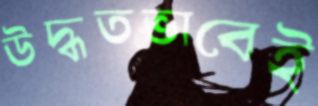
উদ্ধতভাবেই